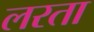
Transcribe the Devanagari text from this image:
लरता